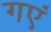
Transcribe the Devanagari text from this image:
गएं